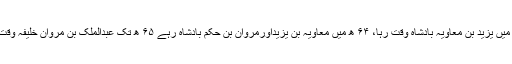
۶۰ ھ میں یزید بن معاویہ بادشاہ وقت رہا، ۶۴ ھ میں معاویہ بن یزیداورمروان بن حکم بادشاہ رہے ۶۵ ھ تک عبدالملک بن مروان خلیفہ وقت رہا ۔